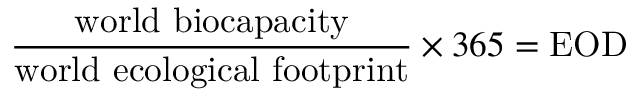
{ \frac { \mathrm { w o r l d ~ b i o c a p a c i t y } } { \mathrm { w o r l d ~ e c o l o g i c a l ~ f o o t p r i n t } } } \times 3 6 5 = { \mathrm { E O D } }